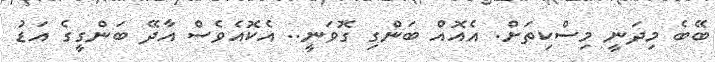
ބޭބެ މިދަނީ މިސްކިތަށް. އެއޮއް ބަންގި ގޮވަނީ.. އެކޮއެވެސް އާދޭ ބަންގީގެ އަޑު